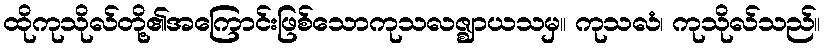
ထိုကုသိုလ်တို့၏အကြောင်းဖြစ်သောကုသလဇ္ဈာယသမှ။ ကုသလံ၊ ကုသိုလ်သည်။